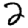
Digit: 2